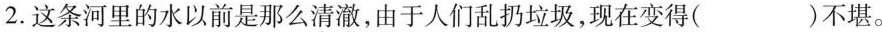
2.这条河里的水以前是那么清澈，由于人们乱扔垃圾，现在变得( )不堪。